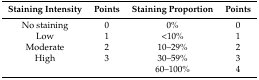
<table><thead><tr><td><b>Staining Intensity</b></td><td><b>Points</b></td><td><b>Staining Proportion</b></td><td><b>Points</b></td></tr></thead><tbody><tr><td>No staining</td><td>0</td><td>0%</td><td>0</td></tr><tr><td>Low</td><td>1</td><td>&lt;10%</td><td>1</td></tr><tr><td>Moderate</td><td>2</td><td>10–29%</td><td>2</td></tr><tr><td>High</td><td>3</td><td>30–59%</td><td>3</td></tr><tr><td></td><td></td><td>60–100%</td><td>4</td></tr></tbody></table>